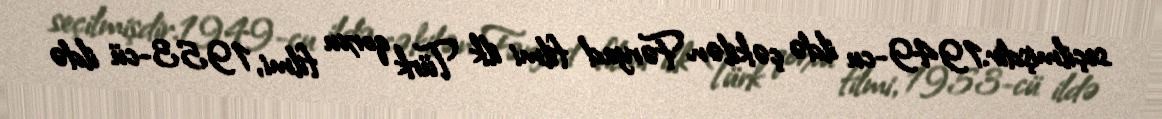
seçilmişdir.1949-cu ildə çəkilən Fəryad filmi ilk Türk qorxu filmi, 1953-cü ildə